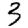
Digit: 3